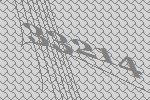
33214